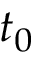
t _ { 0 }